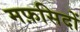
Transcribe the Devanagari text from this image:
मफ़सिदों